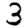
Digit: 3